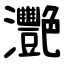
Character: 灧